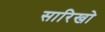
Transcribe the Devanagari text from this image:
सारिखो